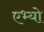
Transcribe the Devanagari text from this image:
एभ्यो